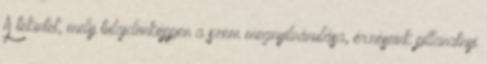
A tekintet, mely tulajdonképpen a szem megnyilvánulása, érzéseink pillanatnyi